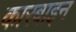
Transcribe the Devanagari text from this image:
कारबाइन